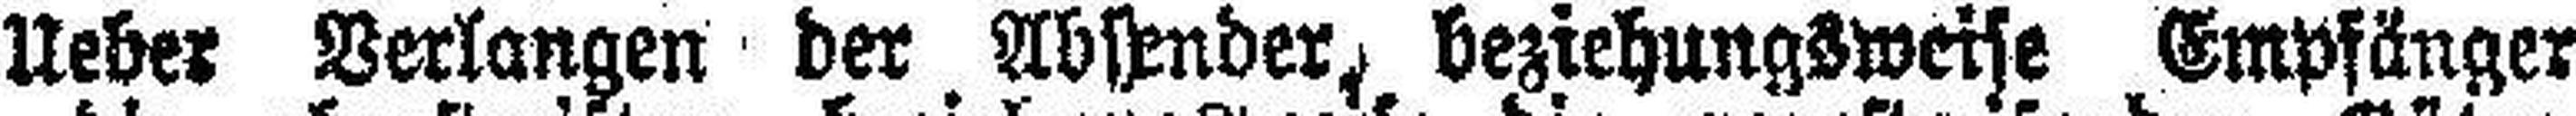
Ueber Verlangen der Absender, beziehungsweise Empfänger